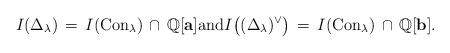
LaTeX: \begin{align*}I(\Delta_\lambda) \,=\, I({\rm Con}_\lambda) \,\cap\, \mathbb{Q}[{\bf a}]\hbox{and} I\bigl((\Delta_\lambda)^\vee\bigr) \,=\, I({\rm Con}_\lambda)\, \cap\, \mathbb{Q}[{\bf b}].\end{align*}